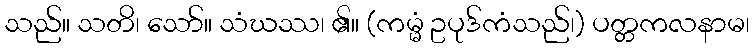
သည်။ သတိ၊ သော်။ သံဃဿ၊ ၏။ (ကမ္မံ ဥပုဒ်ကံသည်၊) ပတ္တကလနာမ၊